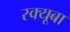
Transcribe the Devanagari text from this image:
स्क्यूबा